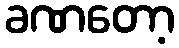
ခဏတော့